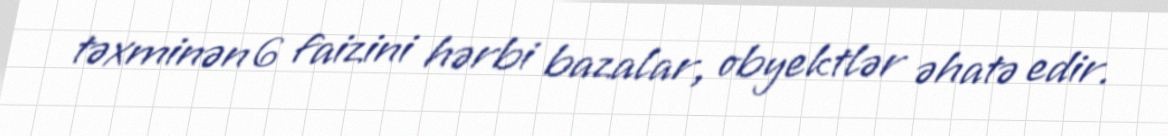
təxminən 6 faizini hərbi bazalar, obyektlər əhatə edir.